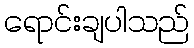
ရောင်းချပါသည်